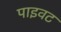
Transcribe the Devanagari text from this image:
पाइवट